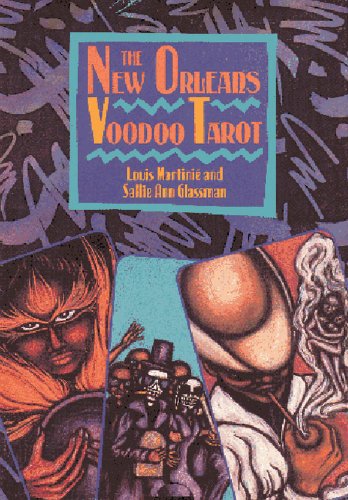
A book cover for The New Orleans Voodoo Tarot (Destiny Books); Louis MartiniÃ©; Religion & Spirituality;